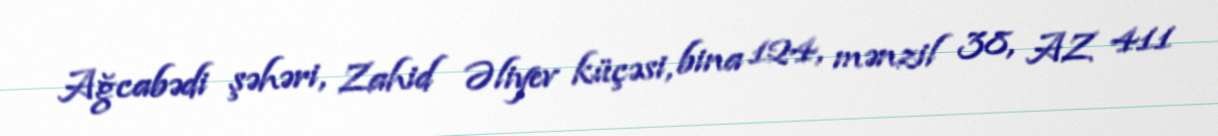
Ağcabədi şəhəri, Zahid Əliyev küçəsi, bina 124, mənzil 38, AZ 411